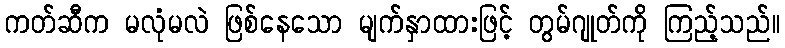
ကတ်ဆီက မလုံမလဲ ဖြစ်နေသော မျက်နှာထားဖြင့် တွမ်ဂျုတ်ကို ကြည့်သည်။